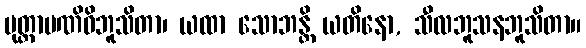
မုတ္တာမဏိဝိဘူသိတာ၊ ယထာ သောဘန္တိ ယတိနော, သီလဘူသနဘူသိတာ။